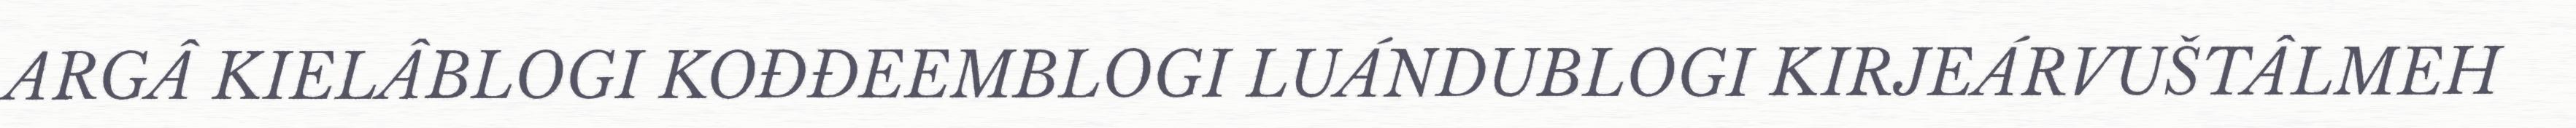
ARGÂ KIELÂBLOGI KOĐĐEEMBLOGI LUÁNDUBLOGI KIRJEÁRVUŠTÂLMEH